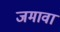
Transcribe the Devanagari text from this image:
जमावा